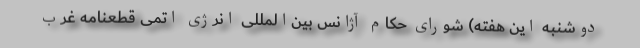
دوشنبه این هفته) شورای حکام آژانس بین‌المللی انرژی اتمی قطعنامه غرب